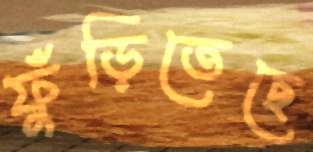
ফুঁড়িতেছে